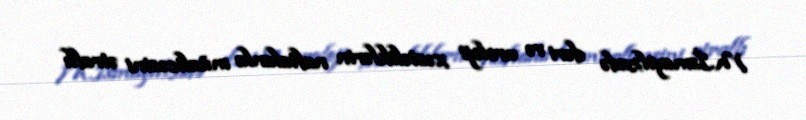
M.İsmayılzadə dəri və uroloji xəstəliklərin naftalanla müalicəsini ətraflı